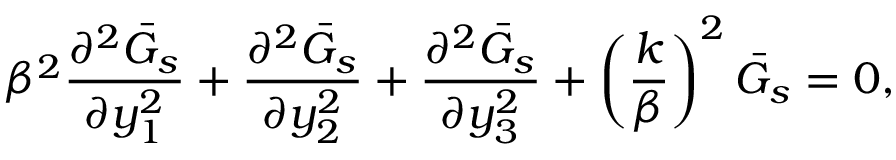
\beta ^ { 2 } \frac { \partial ^ { 2 } \bar { G } _ { s } } { \partial y _ { 1 } ^ { 2 } } + \frac { \partial ^ { 2 } \bar { G } _ { s } } { \partial y _ { 2 } ^ { 2 } } + \frac { \partial ^ { 2 } \bar { G } _ { s } } { \partial y _ { 3 } ^ { 2 } } + \left( \frac { k } { \beta } \right) ^ { 2 } \bar { G } _ { s } = 0 ,